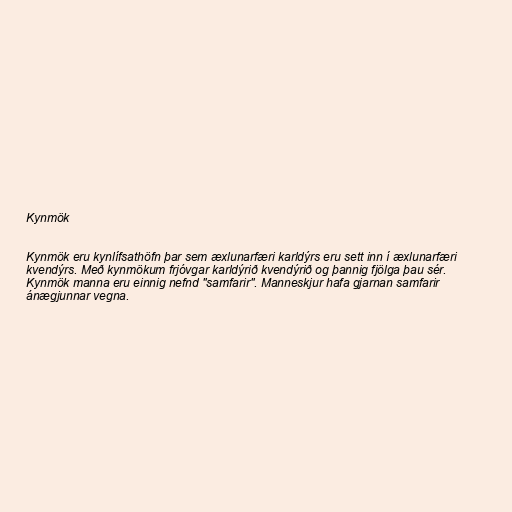
Kynmök

Kynmök eru kynlífsathöfn þar sem æxlunarfæri karldýrs eru sett inn í æxlunarfæri
kvendýrs. Með kynmökum frjóvgar karldýrið kvendýrið og þannig fjölga þau sér.
Kynmök manna eru einnig nefnd "samfarir". Manneskjur hafa gjarnan samfarir
ánægjunnar vegna.